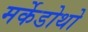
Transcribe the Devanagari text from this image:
मर्केडोथो